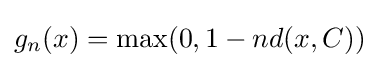
g_{n}(x)=\max(0,{1-nd(x,C)})